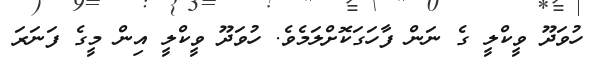
ހުވަދޫ ވީކްލީ ގެ ނަން ފާހަގަކޮށްލަމެވެ. ހުވަދޫ ވީކްލީ އިން މީގެ ފަނަރަ